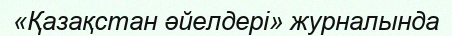
«Қазақстан әйелдері» журналында